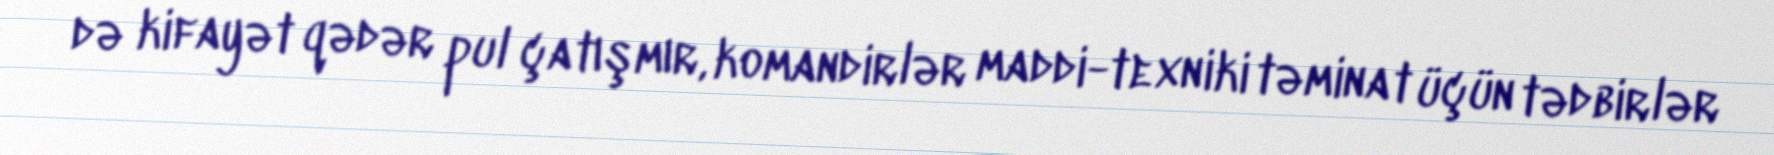
də kifayət qədər pul çatışmır, komandirlər maddi-texniki təminat üçün tədbirlər